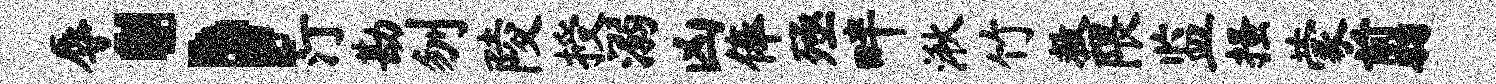
辱；汀勘刎陵授溺凶俸殛畔湫竹救隈监搔蒙翦